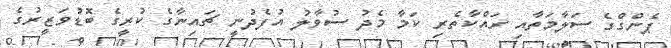
ޕެންގްގެ ސަލާމަތާއި ރައްކާތެރި ކަމާ މެދު ސުވާލު އުފެދުނީ ޗައިނާގެ ކުރީގެ ބޮޑުވަޒީރުގެ